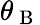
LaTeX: \theta_{\mathrm{~B~}}